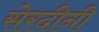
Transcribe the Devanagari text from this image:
सेरदीनी